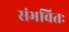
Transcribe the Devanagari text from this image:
संभवितः